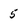
Character: 5